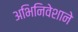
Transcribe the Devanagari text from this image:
अभिनिवेशाने